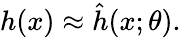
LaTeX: h(x)\approx\hat{h}(x;\theta).